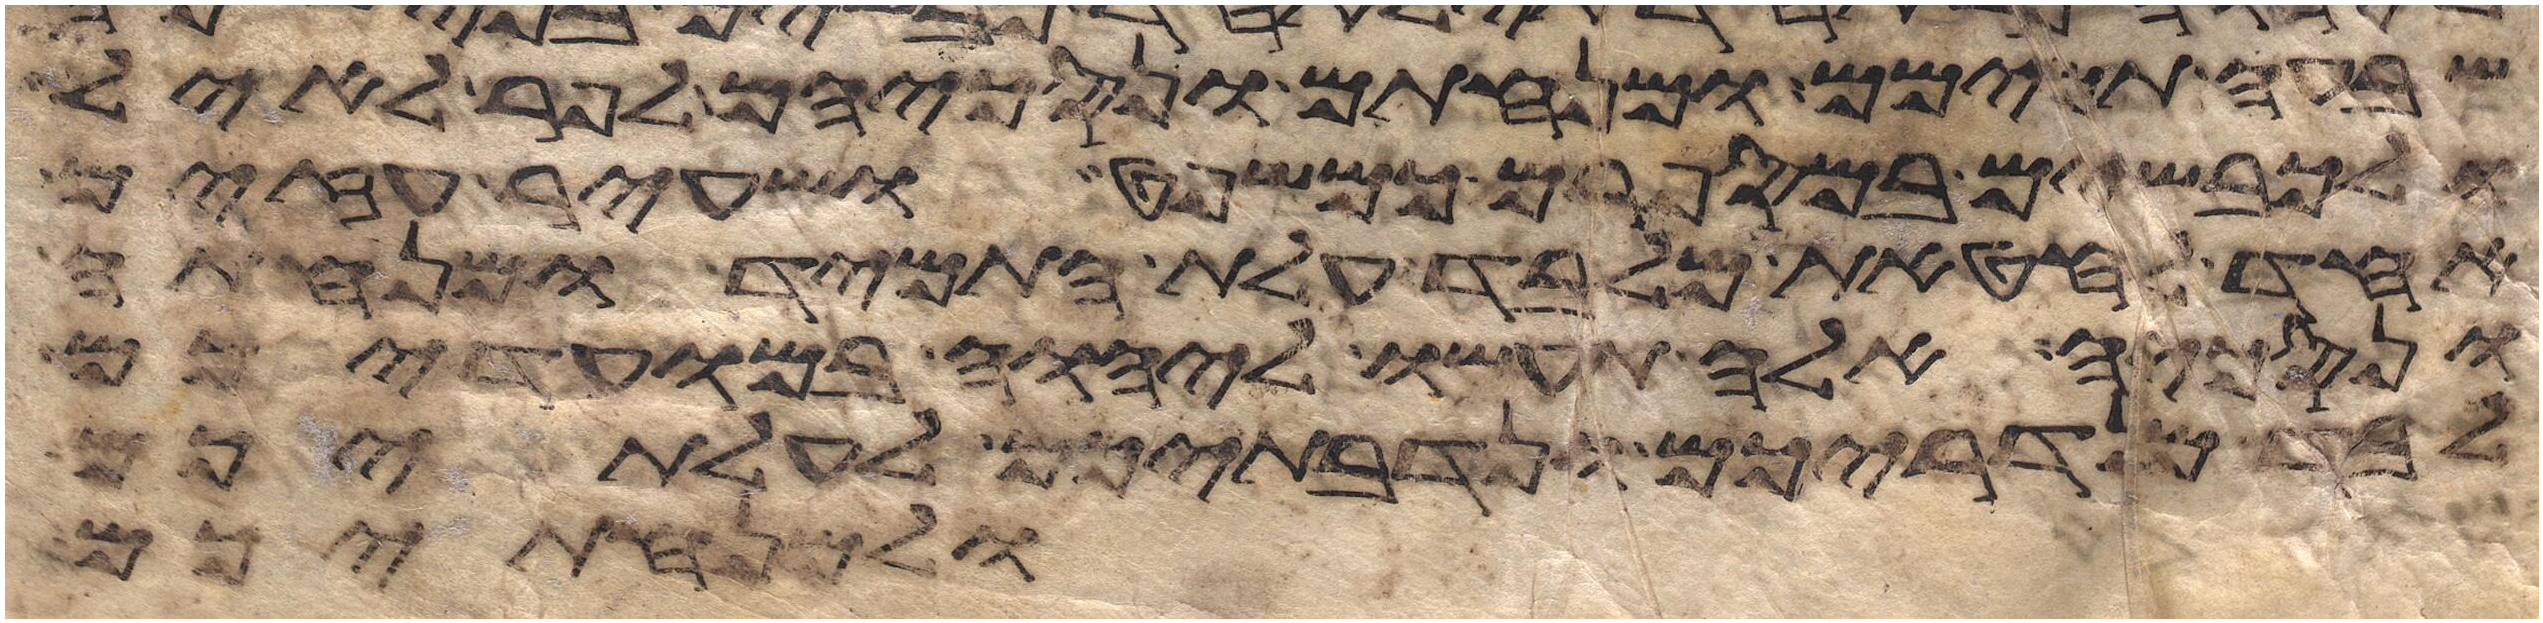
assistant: שבעה תמימם ומנחתם ונסכיהם לפר לאיל
ולכבשים במספרם כמשפט ושעיר עזים
אחד לחטאת מלבד עלת התמיד ומנחתה
ונסכיה אלה תעשו ליהוה במועדיכם
לבד מנדריכם ונדבתיכם לעלתיכם
ולמנחתיכם